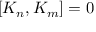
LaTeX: [ K _ { n } , K _ { m } ] = 0